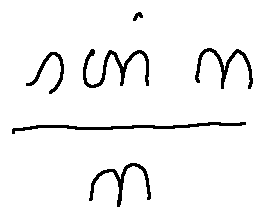
\frac { \sin n } { n }